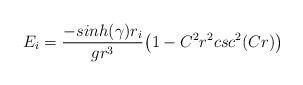
LaTeX: \begin{align*}E_i = { - sinh (\gamma) r_i \over g r^3}\big( 1 - C^2 r^2 csc ^2 (C r) \big)\end{align*}